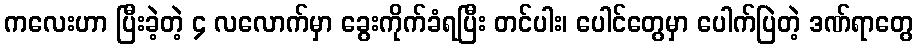
ကလေးဟာ ပြီးခဲ့တဲ့ ၄ လလောက်မှာ ခွေးကိုက်ခံရပြီး တင်ပါး၊ ပေါင်တွေမှာ ပေါက်ပြဲတဲ့ ဒဏ်ရာတွေ